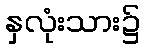
နှလုံးသား၌